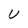
Character: U